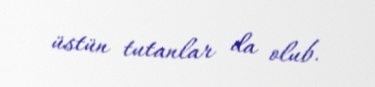
üstün tutanlar da olub.